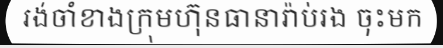
រង់ចាំខាងក្រុមហ៊ុនធានារ៉ាប់រង ចុះមក